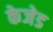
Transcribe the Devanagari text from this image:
केजेड